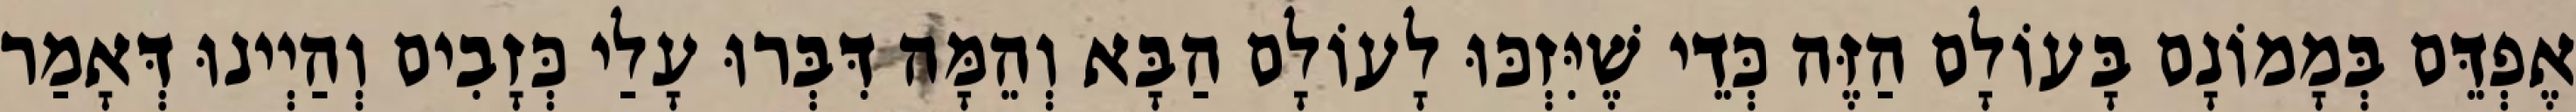
אֶפְדֵּם בְּמָמוֹנָם בָּעוֹלָם הַזֶּה כְּדֵי שֶׁיִּזְכּוּ לָעוֹלָם הַבָּא וְהֵמָּה דִּבְּרוּ עָלַי כְּזָבִים וְהַיְינוּ דְּאָמַר